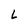
Character: L